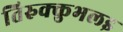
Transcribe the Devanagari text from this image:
तिरुक्कुभलइ